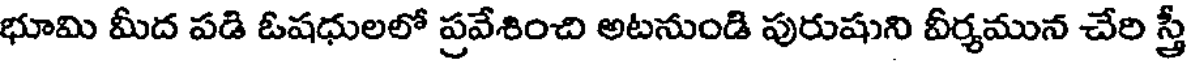
భూమి మీద పడి ఓషధులలో ప్రవేశించి అటనుండి పురుషుని వీర్యమున చేరి స్త్రీ